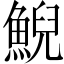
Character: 鯢